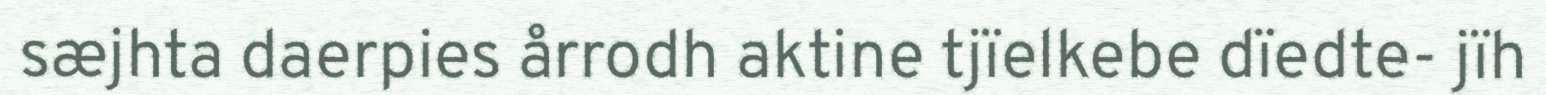
sæjhta daerpies årrodh aktine tjïelkebe dïedte- jïh